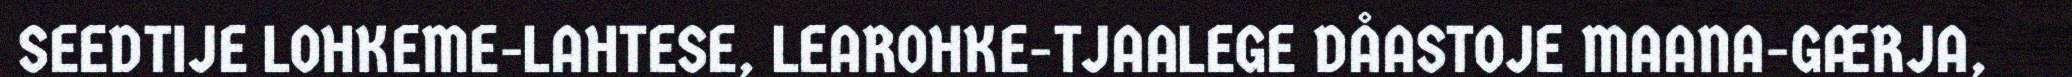
SEEDTIJE LOHKEME-LAHTESE, LEAROHKE-TJAALEGE DÅASTOJE MAANA-GÆRJA,